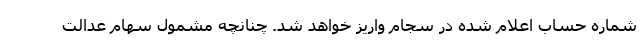
شماره حساب اعلام شده در سجام واریز خواهد شد. چنانچه مشمول سهام عدالت